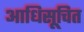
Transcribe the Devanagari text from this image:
आधिसूचित